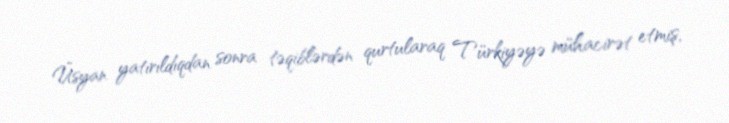
Üsyan yatırıldıqdan sonra təqiblərdən qurtularaq Türkiyəyə mühacirət etmiş,